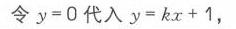
令\(y = 0\)代入\(y=kx + 1\)，